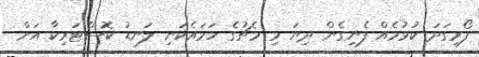
ފޯރިގަދަ ކުޅުމެއް ފެނިގެން ދިޔަ މި މެޗުގެ ހަމައެކަނި ލަނޑު ކޮސްޓަރިކާ އަށް